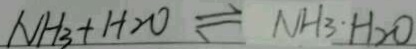
N H _ { 3 } + H _ { 2 } O \rightleftharpoons N H _ { 3 } \cdot H _ { 2 } O